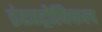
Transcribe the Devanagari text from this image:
इंटरट्रोपिकल